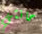
حانتي